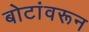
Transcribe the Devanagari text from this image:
बोटांवरून